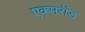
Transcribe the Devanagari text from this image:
एक्सरॉड